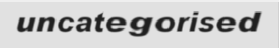
uncategorised